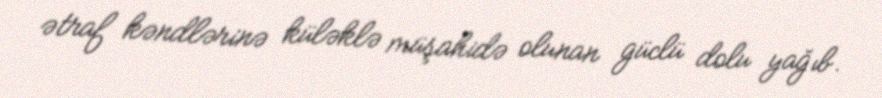
ətraf kəndlərinə küləklə müşahidə olunan güclü dolu yağıb.